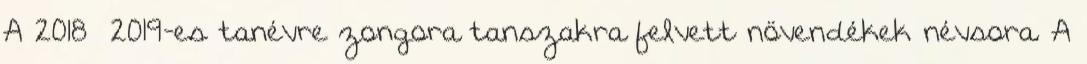
A 2018 2019-es tanévre zongora tanszakra felvett növendékek névsora. A